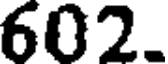
602.